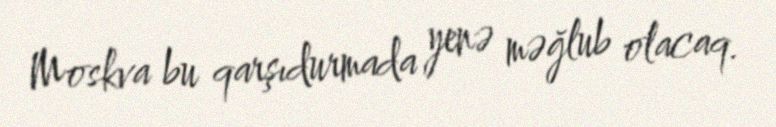
Moskva bu qarşıdurmada yenə məğlub olacaq.